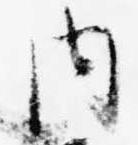
内